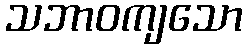
သဘာဝကျသော